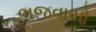
ભજવાયો